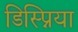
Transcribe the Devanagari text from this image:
डिस्प्निया